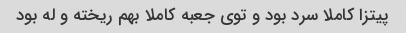
پیتزا کاملا سرد بود و توی جعبه کاملا بهم ریخته و له بود